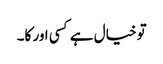
تو خیال ہے کسی اور کا۔